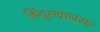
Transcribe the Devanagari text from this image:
हिंदूस्थानभर